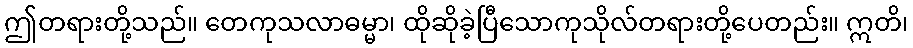
ဤတရားတို့သည်။ တေကုသလာဓမ္မာ၊ ထိုဆိုခဲ့ပြီသောကုသိုလ်တရားတို့ပေတည်း။ ဣတိ၊